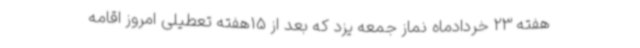
هفته 23 خردادماه نماز جمعه یزد که بعد از 15هفته تعطیلی امروز اقامه